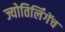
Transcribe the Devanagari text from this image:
ज्योतिर्लिंगेंच